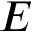
E